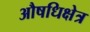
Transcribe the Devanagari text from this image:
औषधिक्षेत्र